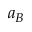
a _ { B }